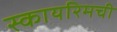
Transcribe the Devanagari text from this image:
स्कायरिमची